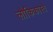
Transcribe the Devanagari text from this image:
लौकिकास्ते